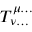
T _ { \nu \dots } ^ { \mu \dots }